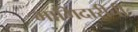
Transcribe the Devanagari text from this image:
भागिदारीची